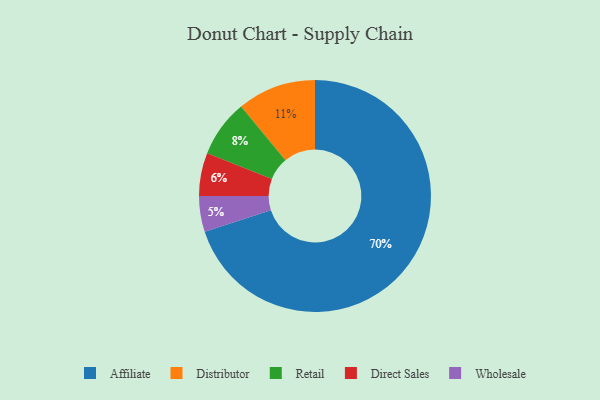
{"axis": {"x": "Category", "y": "Percentage"}, "legend": ["Affiliate", "Direct Sales", "Distributor", "Retail", "Wholesale"], "data": [{"x": "Affiliate", "y": 70, "type": "Affiliate"}, {"x": "Direct Sales", "y": 6, "type": "Direct Sales"}, {"x": "Retail", "y": 8, "type": "Retail"}, {"x": "Distributor", "y": 11, "type": "Distributor"}, {"x": "Wholesale", "y": 5, "type": "Wholesale"}]}